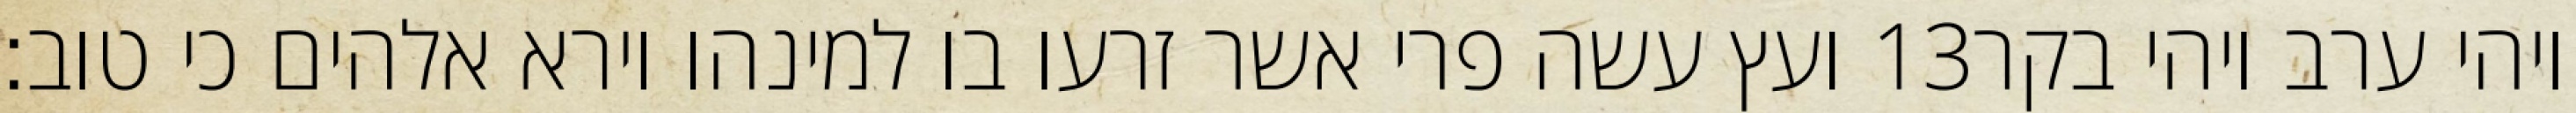
ועץ עשה פרי אשר זרעו בו למינהו וירא אלהים כי טוב׃ ‎13‏ ויהי ערב ויהי בקר